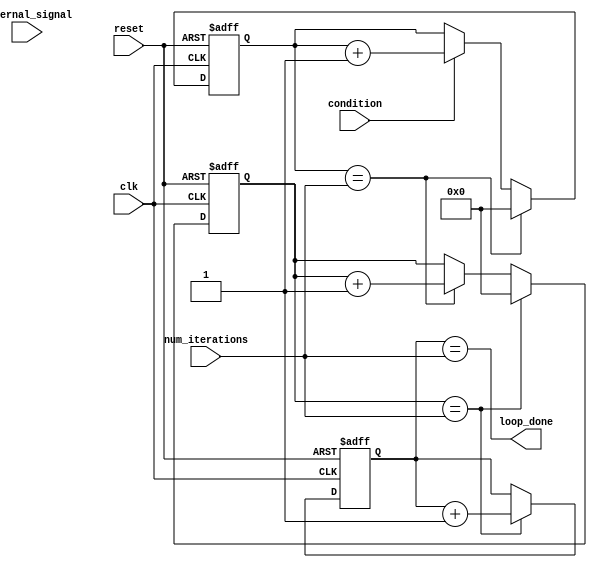
module Loop_with_multiple_iterators (
    input wire clk,               // Clock signal
    input wire reset,             // Reset signal
    input wire [7:0] num_iterations, // Number of iterations
    input wire condition,         // Condition for loop execution
    input wire external_signal,   // External signal to control loop
    output wire loop_done         // Output signal indicating loop completion
);

reg [7:0] iterator1;   // Iterator 1
reg [7:0] iterator2;   // Iterator 2
reg [7:0] iterator3;   // Iterator 3

always @ (posedge clk or posedge reset) begin
    if (reset) begin
        iterator1 <= 8'h00;
        iterator2 <= 8'h00;
        iterator3 <= 8'h00;
    end else begin
        if (condition) begin
            iterator1 <= iterator1 + 1;
        end
        if (iterator1 == num_iterations) begin
            iterator1 <= 8'h00;
            iterator2 <= iterator2 + 1;
        end
        if (iterator2 == num_iterations) begin
            iterator2 <= 8'h00;
            iterator3 <= iterator3 + 1;
        end
    end
end

assign loop_done = (iterator3 == num_iterations);

endmodule